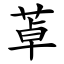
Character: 䓬